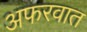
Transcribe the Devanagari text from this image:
अफरवात